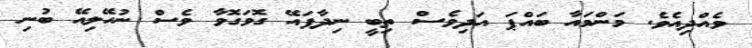
ވެއްދިއެވެ. މަންމައާ ބައްޕަ އަދިވެސް ތިބީ ނިދާފައޭ ގޮވަގޮވާ ވެސް ނުހޭލިއޭ ބުނި